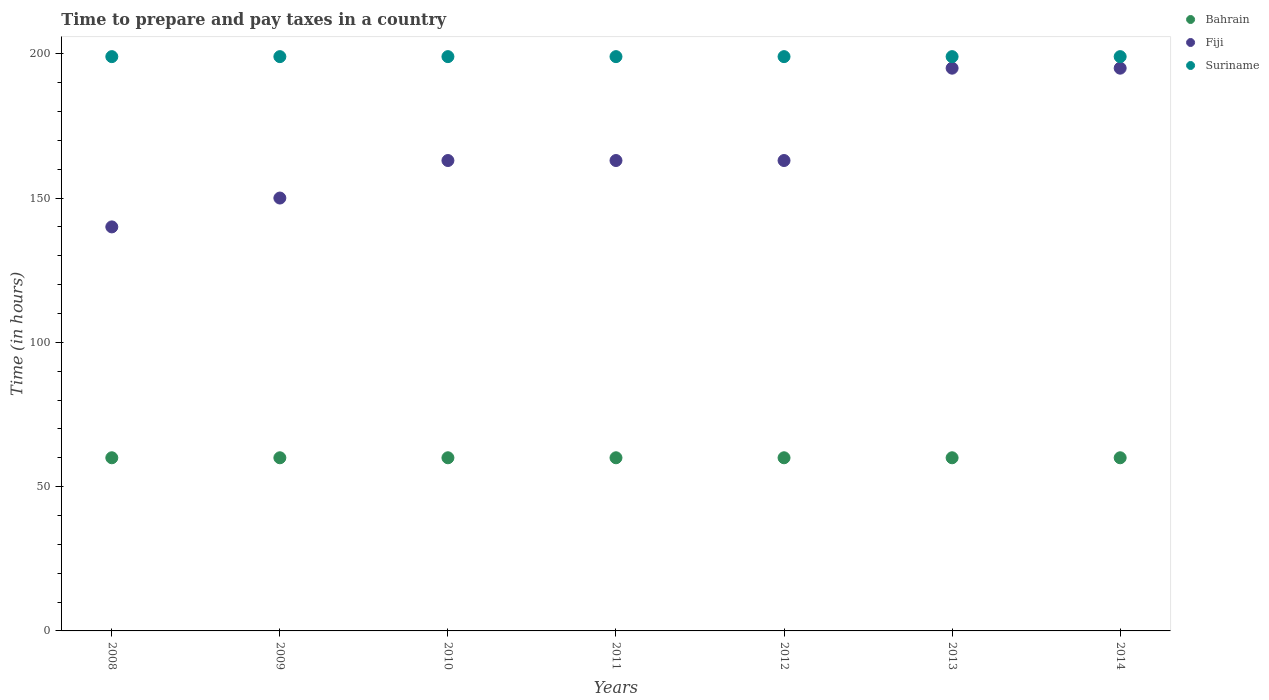
| Years | Bahrain | Fiji | Suriname |
 | --- | --- | --- | --- |
 | 2008 | 60 | 140 | 199 |
 | 2009 | 60 | 150 | 199 |
 | 2010 | 60 | 163 | 199 |
 | 2011 | 60 | 163 | 199 |
 | 2012 | 60 | 163 | 199 |
 | 2013 | 60 | 195 | 199 |
 | 2014 | 60 | 195 | 199 |